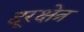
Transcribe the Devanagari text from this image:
दूरक्षेत्र